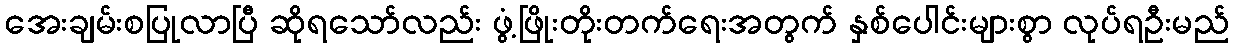
အေးချမ်းစပြုလာပြီ ဆိုရသော်လည်း ဖွံ့ဖြိုးတိုးတက်ရေးအတွက် နှစ်ပေါင်းများစွာ လုပ်ရဦးမည်